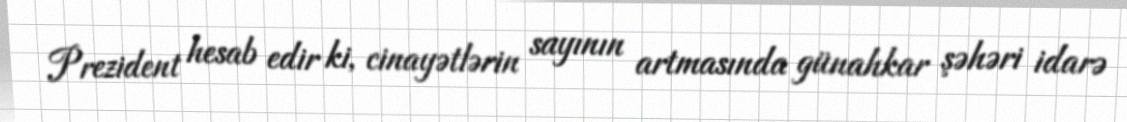
Prezident hesab edir ki, cinayətlərin sayının artmasında günahkar şəhəri idarə